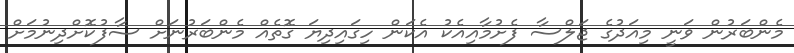
މެންބަރުން ވަނީ މިއަދުގެ ޖަލްސާ ފެށުމާއިއެކު އެކަން ހިގައިދިޔަ ގޮތެއް މެންބަރުނަށް ސާފުކޮށްދިނުމަށް